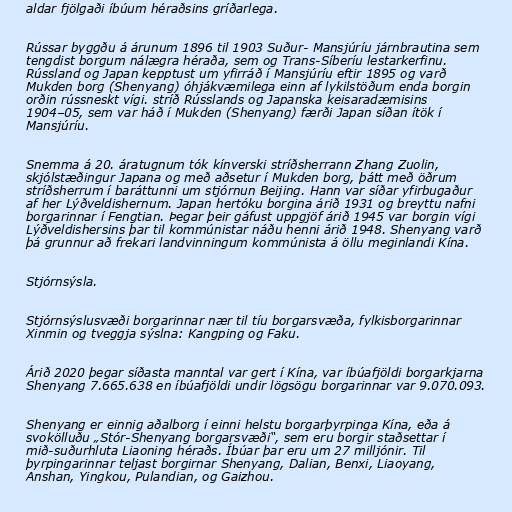
aldar fjölgaði íbúum héraðsins gríðarlega.

Rússar byggðu á árunum 1896 til 1903 Suður- Mansjúríu járnbrautina sem
tengdist borgum nálægra héraða, sem og Trans-Síberíu lestarkerfinu.
Rússland og Japan kepptust um yfirráð í Mansjúríu eftir 1895 og varð
Mukden borg (Shenyang) óhjákvæmilega einn af lykilstöðum enda borgin
orðin rússneskt vígi. stríð Rússlands og Japanska keisaradæmisins
1904–05, sem var háð í Mukden (Shenyang) færði Japan síðan ítök í
Mansjúríu.

Snemma á 20. áratugnum tók kínverski stríðsherrann Zhang Zuolin,
skjólstæðingur Japana og með aðsetur í Mukden borg, þátt með öðrum
stríðsherrum í baráttunni um stjórnun Beijing. Hann var síðar yfirbugaður
af her Lýðveldishernum. Japan hertóku borgina árið 1931 og breyttu nafni
borgarinnar í Fengtian. Þegar þeir gáfust uppgjöf árið 1945 var borgin vígi
Lýðveldishersins þar til kommúnistar náðu henni árið 1948. Shenyang varð
þá grunnur að frekari landvinningum kommúnista á öllu meginlandi Kína.

Stjórnsýsla.

Stjórnsýslusvæði borgarinnar nær til tíu borgarsvæða, fylkisborgarinnar
Xinmin og tveggja sýslna: Kangping og Faku.

Árið 2020 þegar síðasta manntal var gert í Kína, var íbúafjöldi borgarkjarna
Shenyang 7.665.638 en íbúafjöldi undir lögsögu borgarinnar var 9.070.093.

Shenyang er einnig aðalborg í einni helstu borgarþyrpinga Kína, eða á
svokölluðu „Stór-Shenyang borgarsvæði“, sem eru borgir staðsettar í
mið-suðurhluta Liaoning héraðs. Íbúar þar eru um 27 milljónir. Til
þyrpingarinnar teljast borgirnar Shenyang, Dalian, Benxi, Liaoyang,
Anshan, Yingkou, Pulandian, og Gaizhou.